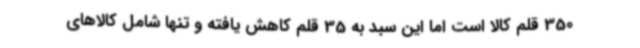
350 قلم کالا است اما این سبد به 35 قلم کاهش یافته و تنها شامل کالاهای